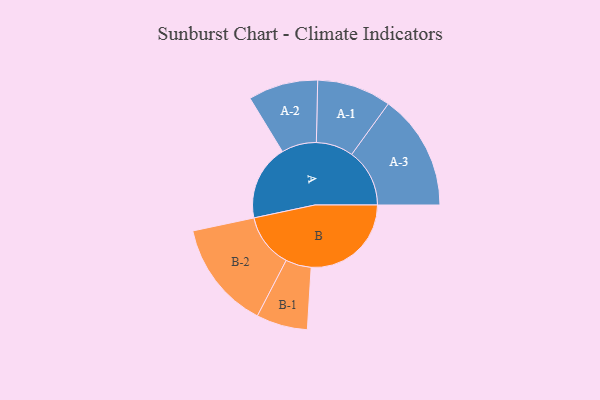
{"axis": {"x": "Segment", "y": "Value"}, "legend": ["", "A", "B"], "data": [{"x": "A", "y": 342, "type": ""}, {"x": "B", "y": 453, "type": ""}, {"x": "A-1", "y": 168, "type": "A"}, {"x": "A-2", "y": 158, "type": "A"}, {"x": "A-3", "y": 262, "type": "A"}, {"x": "B-1", "y": 116, "type": "B"}, {"x": "B-2", "y": 245, "type": "B"}]}